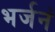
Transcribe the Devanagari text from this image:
भर्जनं